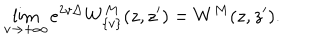
LaTeX: \lim _ { v \to { + \infty } } e ^ { 2 v \Delta } { W } _ { \{ v \} } ^ { M } ( z , z ^ { \prime } ) = { W } ^ { M } ( z , z ^ { \prime } ) .